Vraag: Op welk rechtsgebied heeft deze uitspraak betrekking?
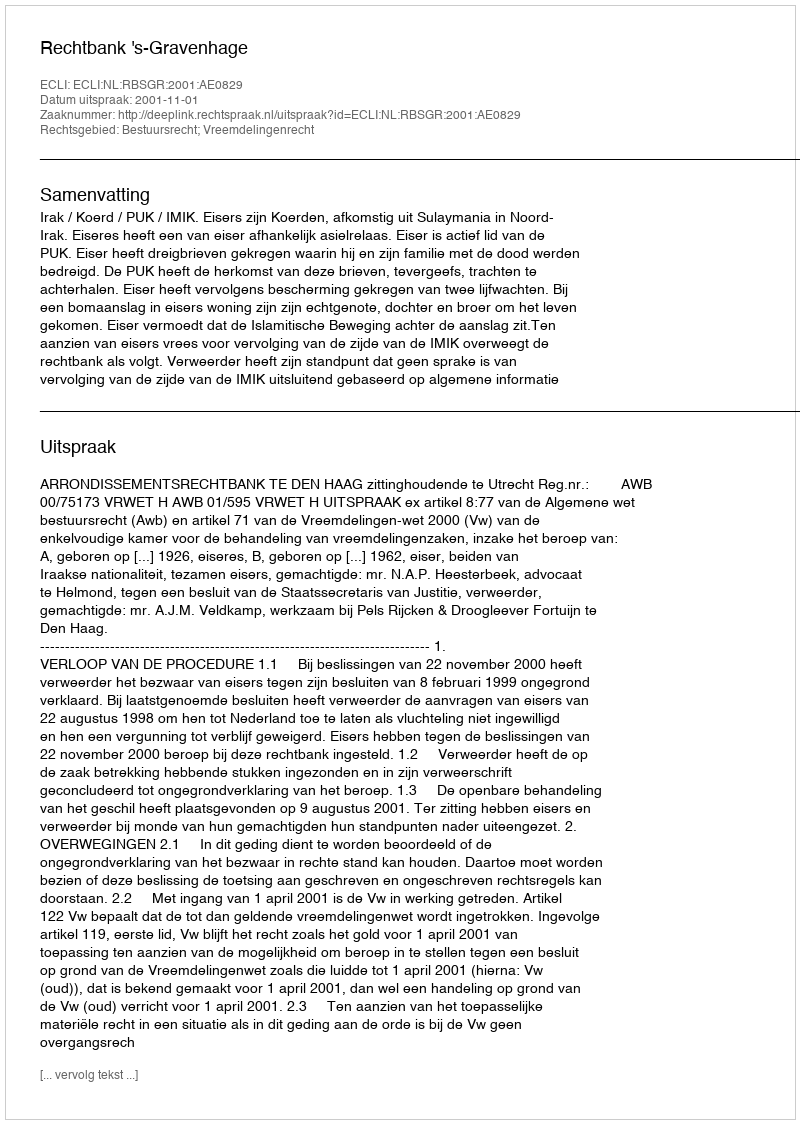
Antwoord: Bestuursrecht; Vreemdelingenrecht